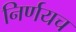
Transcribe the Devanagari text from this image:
निर्णयच